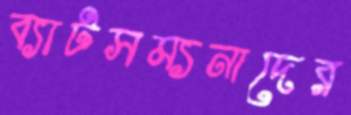
ব্যাটসম্যনাদের